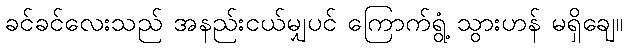
ခင်ခင်လေးသည် အနည်းငယ်မျှပင် ကြောက်ရွံ့ သွားဟန် မရှိချေ။